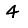
Digit: 4